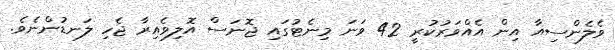
ވެލެންސިއާ އިން އެއްވަރުކުރީ 42 ވަނަ މިނެޓުގައި ޖޮނަސް އޮލިވެއިރާ ޖެހި ލަނޑުންނެވެ.